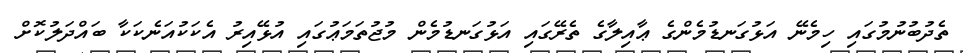
ތެދުބުނުމުގައި ހިމެނޭ އަޅުގަނޑުމެންގެ ޢާއިލާގެ ތެރޭގައި އަޅުގަނޑުމެން މުޖުތަމަޢުގައި އުޅޭއިރު އެކަކުއަނެކަކާ ބައްދަލުކޮށް